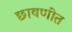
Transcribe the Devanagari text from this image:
छावणींत